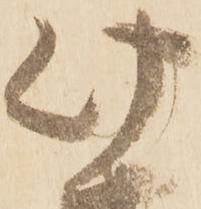
此